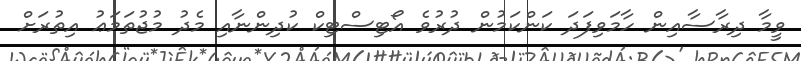
ވީމާ ދިރާސާއިން ހާމަވިފަދަ ކަންކަމުން ދުރުވެ އޯޓިސްޓިކް ކުދިންނާއި މެދު މުޖުތަމަޢު އިތުރަށް